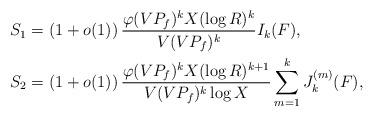
LaTeX: \begin{align*}S_1&=\left(1+o(1)\right)\frac{\varphi(VP_f)^kX(\log R)^k}{V(VP_f)^k}I_k(F),\\S_2&=\left(1+o(1)\right)\frac{\varphi(VP_f)^kX(\log R)^{k+1}}{V(VP_f)^k\log X}\sum_{m=1}^kJ^{(m)}_k(F),\end{align*}